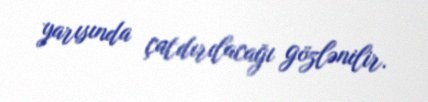
yarısında çatdırılacağı gözlənilir.